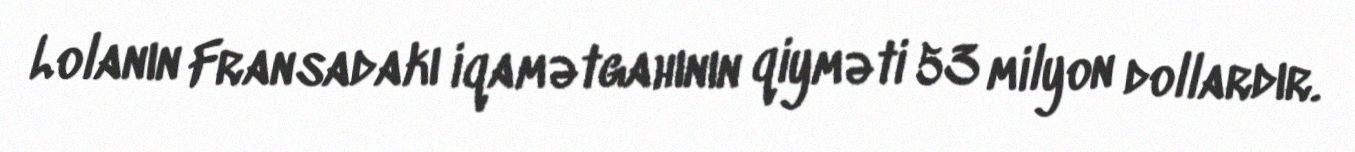
Lolanın Fransadakı iqamətgahının qiyməti 53 milyon dollardır.